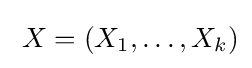
\;{X}=(X_{1},\dots ,X_{k})